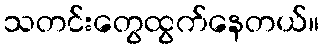
သတင်းတွေထွက်နေတယ်။